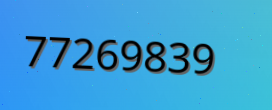
77269839